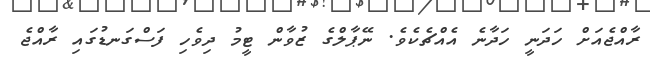
ރާއްޖެއަށް ހަދަނީ ހަދާނެ އެއްޗެކެވެ. ނޭޕާލްގެ ޒުވާން ޓީމު ދިވެހި ފަސްގަނޑުގައި ރާއްޖެ